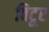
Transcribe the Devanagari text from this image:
विटूर